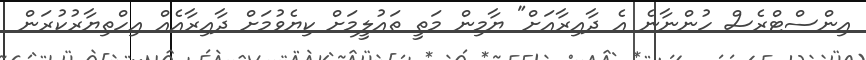
އިންސްޓްރެސް ހުންނާނެ އެ ދާއިރާއަށް" ޔާމިން މަތީ ތައުލީމަށް ކިޔެވުމަށް ދާއިރާއެއް އިހްތިޔާރުކުރަން